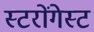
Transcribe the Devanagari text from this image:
स्टरोंगेस्ट